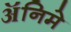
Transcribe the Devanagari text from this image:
ॲनिमे